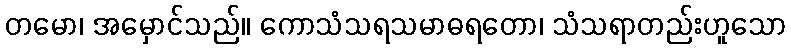
တမော၊ အမှောင်သည်။ ကောသံသရသမာဓရတော၊ သံသရာတည်းဟူသော